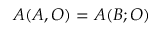
{ \cal A } ( A , { \cal O } ) = { \cal A } ( B ; { \cal O } )